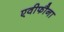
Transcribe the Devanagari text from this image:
एवीफौना